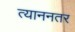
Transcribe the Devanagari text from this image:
त्याननतर